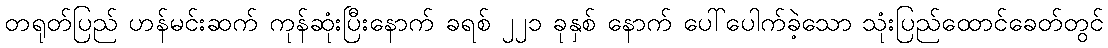
တရုတ်ပြည် ဟန်မင်းဆက် ကုန်ဆုံးပြီးနောက် ခရစ် ၂၂၁ ခုနှစ် နောက် ပေါ်ပေါက်ခဲ့သော သုံးပြည်ထောင်ခေတ်တွင်